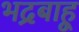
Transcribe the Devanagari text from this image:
भद्रबाहू